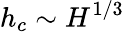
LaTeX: h_{c}\sim H^{1/3}